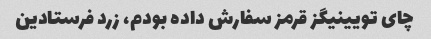
چای تویینیگز قرمز سفارش داده بودم، زرد فرستادین